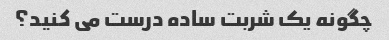
چگونه یک شربت ساده درست می کنید؟